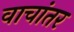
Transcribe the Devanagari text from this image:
वाचांतर